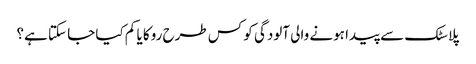
پلاسٹک سے پیدا ہونے والی آلودگی کو کس طرح روکا یا کم کیا جا سکتا ہے؟